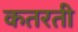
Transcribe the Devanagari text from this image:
कतरती